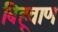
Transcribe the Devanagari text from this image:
बिहूवाण